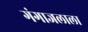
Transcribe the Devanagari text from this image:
गंगाजलाला